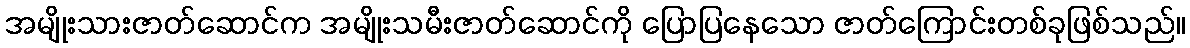
အမျိုးသားဇာတ်ဆောင်က အမျိုးသမီးဇာတ်ဆောင်ကို ပြောပြနေသော ဇာတ်ကြောင်းတစ်ခုဖြစ်သည်။